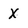
Character: X